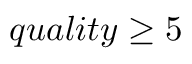
q u a l i t y \ge 5